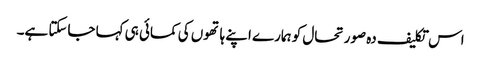
اس تکلیف دہ صورتحال کو ہمارے اپنے ہاتھوں کی کمائی ہی کہا جاسکتا ہے۔